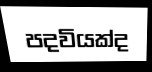
පදවියක්ද